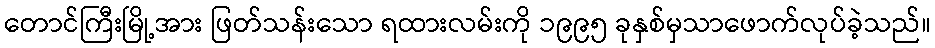
တောင်ကြီးမြို့အား ဖြတ်သန်းသော ရထားလမ်းကို ၁၉၉၅ ခုနှစ်မှသာဖောက်လုပ်ခဲ့သည်။